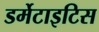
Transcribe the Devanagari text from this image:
डर्मेटाइटिस